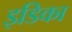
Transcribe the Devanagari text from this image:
इडिका